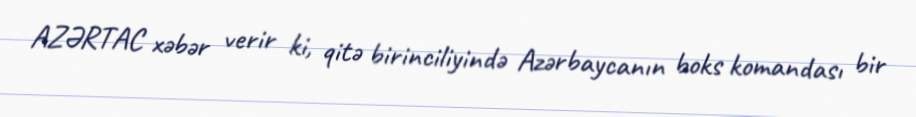
AZƏRTAC xəbər verir ki, qitə birinciliyində Azərbaycanın boks komandası bir